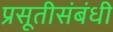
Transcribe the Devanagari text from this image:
प्रसूतीसंबंधी